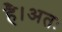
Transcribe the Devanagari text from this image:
है।अतः